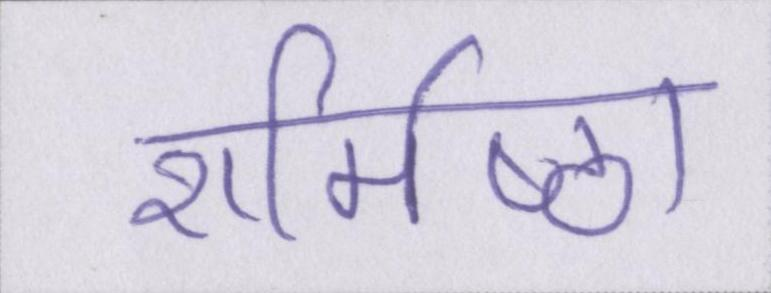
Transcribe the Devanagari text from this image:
शर्मिष्ठा